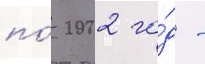
по́ 2002 го́д -